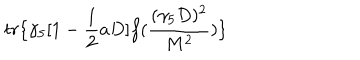
LaTeX: t r \{ \gamma _ { 5 } [ 1 - \frac { 1 } { 2 } a D ] f ( \frac { ( \gamma _ { 5 } D ) ^ { 2 } } { M ^ { 2 } } ) \}